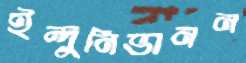
ইন্দুনিভানন